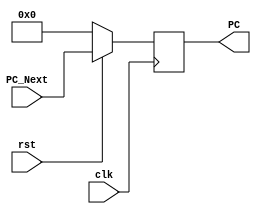
// This program was cloned from: https://github.com/theuppercaseguy/FYP--Risc-V-32-bit-Matrix-Mac
// License: GNU General Public License v3.0

`timescale 1ns / 1ps
//////////////////////////////////////////////////////////////////////////////////
// Company: 
// Engineer: 
// 
// Design Name: 
// Module Name: Program_Counter
// Project Name: 
// Target Devices: 
// Tool Versions: 
// Description: 
// 
// Dependencies: 
// 
// Revision:
// Revision 0.01 - File Created
// Additional Comments:
// 
//////////////////////////////////////////////////////////////////////////////////


module Program_Counter(
    input [31:0] PC_Next,
    input clk,rst,//using active low reset(inverted)
    
    output reg [31:0] PC
);

always @(posedge clk)
begin
    if(rst == 1'b0)//reset low => acces start of the memory
        begin
            PC <= 32'h00000000;//blocking statement
        end 
    else // reset high => access the next instruction value
        begin
            PC <= PC_Next;
        end
    


end







endmodule